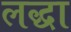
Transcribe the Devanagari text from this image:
लद्धा